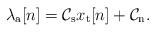
\begin{align*}\lambda_\mathrm{a}[n]= \mathcal{C}_{\rm s}x_{\rm t}[n]+\mathcal{C}_{\rm n}.\end{align*}